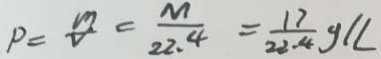
P = \frac { m } { V } = \frac { M } { 2 2 . 4 } = \frac { 1 7 } { 2 2 . 4 } g / L